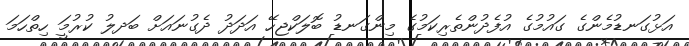
އަޅުގަނޑުމެންގެ ގައުމުގެ އުފެދުންތެރިކަމުގެ މިންގަނޑު ބޮލަކްޖހޭ އަދަދު ދެގުނައަށް ބަދލު ކުރުމަީ ހިތްހަމަ